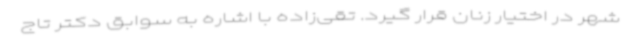
شهر در اختیار زنان قرار گیرد. تقی‌زاده با اشاره به سوابق دکتر تاج